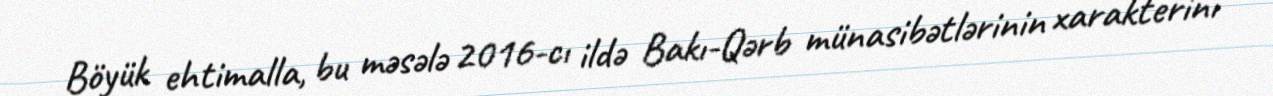
Böyük ehtimalla, bu məsələ 2016-cı ildə Bakı-Qərb münasibətlərinin xarakterini